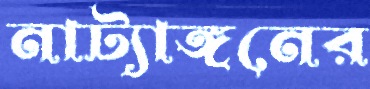
নাট্যাঙ্গনের